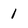
Character: 1